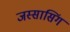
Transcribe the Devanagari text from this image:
जस्सासिंग